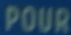
POUR